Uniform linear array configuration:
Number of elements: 16
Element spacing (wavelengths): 0.25
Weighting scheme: blackman
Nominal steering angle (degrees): -60
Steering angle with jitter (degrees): -59.833
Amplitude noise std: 0.05
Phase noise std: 0.05

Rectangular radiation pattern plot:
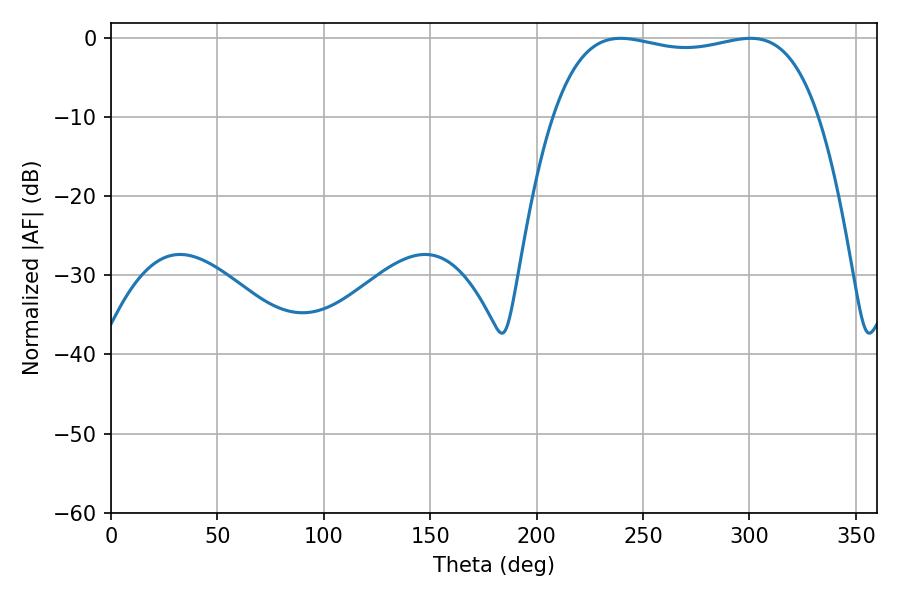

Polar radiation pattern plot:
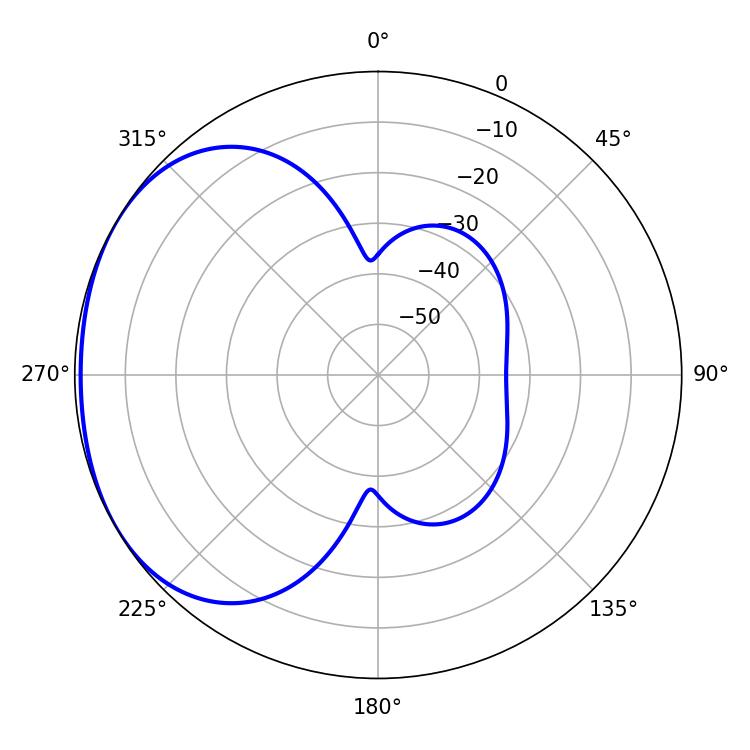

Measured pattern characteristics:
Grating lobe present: FALSE
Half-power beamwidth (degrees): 100.44
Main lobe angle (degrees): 300.6